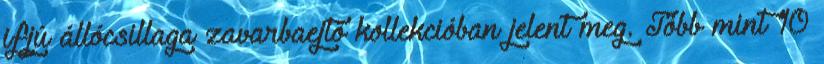
ifjú állócsillaga zavarbaejtő kollekcióban jelent meg. Több mint 10